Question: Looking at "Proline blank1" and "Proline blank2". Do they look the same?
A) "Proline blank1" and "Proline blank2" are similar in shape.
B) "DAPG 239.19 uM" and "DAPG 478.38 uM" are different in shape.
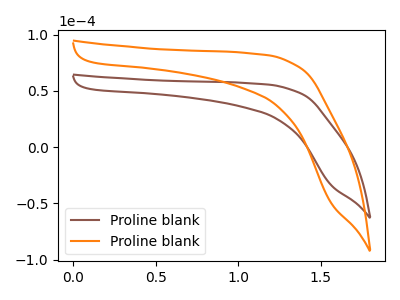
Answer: <think>The brown curve "Proline blank1" has no peaks. The orange curve "Proline blank2" has no peaks.
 Neither "Proline blank1" or "Proline blank2" have any peaks.</think>
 <answer>A) "Proline blank1" and "Proline blank2" are similar in shape.</answer>
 <eval>A</eval>